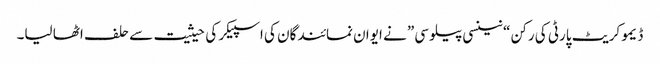
ڈیمو کریٹ پارٹی کی رکن “نینسی پیلوسی” نے ایوان نمائندگان کی اسپیکر کی حیثیت سے حلف اٹھا لیا۔